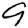
Digit: 9